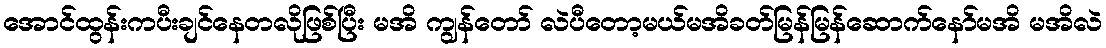
အောင်ထွန်းကပီးချင်နေတလိုဖြစ်ပြီး မအိ ကျွန်တော် လဲပီတော့မယ်မအိခတ်မြန်မြန်ဆောက်နော်မအိ မအိလဲ